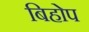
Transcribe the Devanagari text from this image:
बिहोप